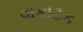
વાકાટક